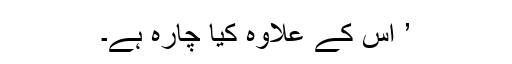
’ اس کے علاوہ کیا چارہ ہے۔